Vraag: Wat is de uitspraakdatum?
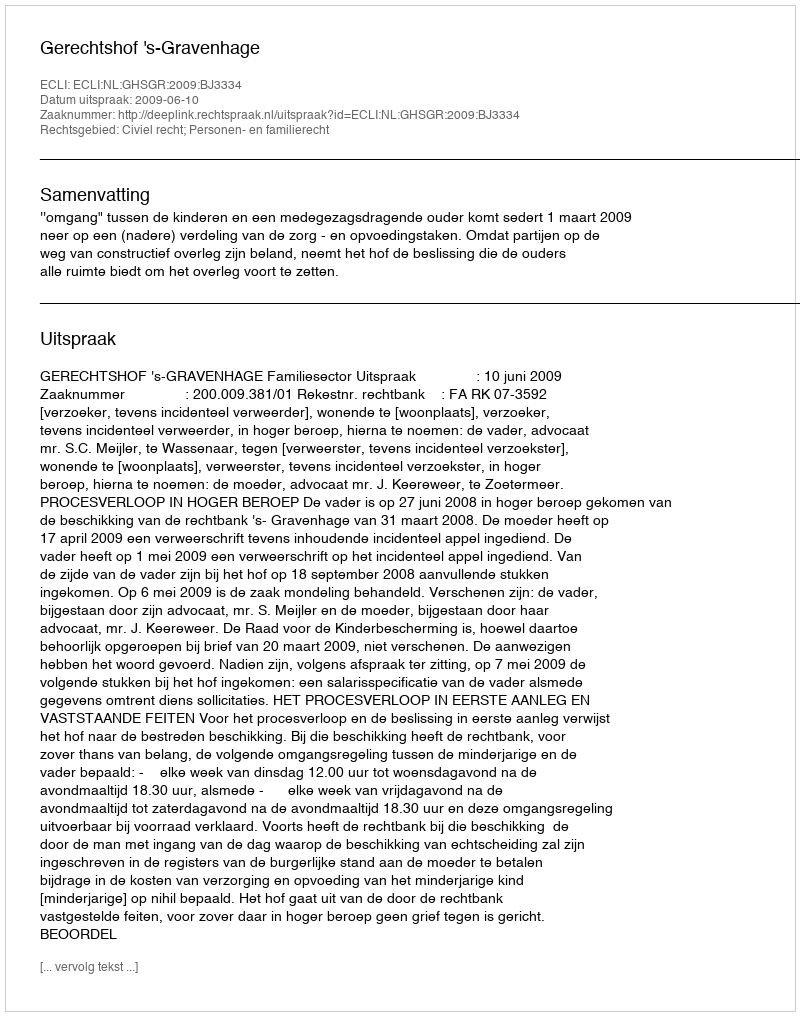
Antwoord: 2009-06-10